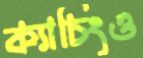
ক্যাচিংও